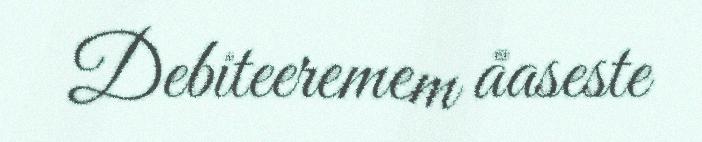
Debiteeremem åaseste